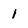
Character: 1